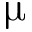
\upmu